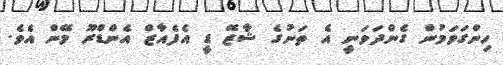
ހިންގަވަމުން ގެންދަވަނީ އެ ތަނުގެ ޝާޒޭ ޑީ އެފެއާޒް އެންޑްރޫ މޭން އެވެ.